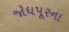
જોધપૂરના